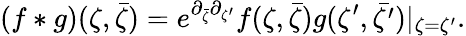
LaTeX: \left(f*g\right)(\zeta,\bar{\zeta})=e^{\partial_{{\bar{\zeta}}}\partial_{{\zeta^{\prime}}}}f(\zeta,\bar{\zeta})g(\zeta^{\prime},\bar{\zeta^{\prime}})|_{\zeta=\zeta^{\prime}}.